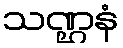
သဏ္ဌနံ